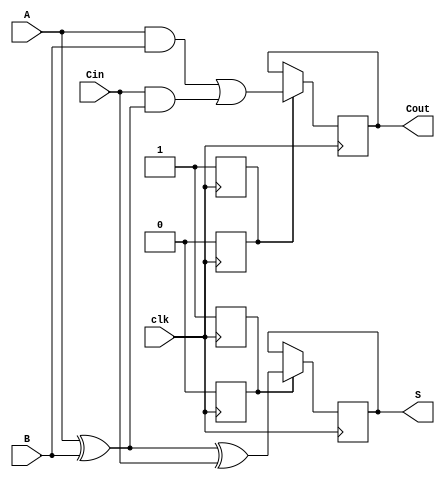
module dynamic_full_adder (
    input wire A,
    input wire B,
    input wire Cin,
    input wire clk,      // Clock signal
    output reg S,       // Sum output
    output reg Cout      // Carry-out output
);

// Internal signals for evaluation
wire S_eval, Cout_eval;
reg S_precharge, Cout_precharge;

// Evaluate logic for sum and carry-out
assign S_eval = A ^ B ^ Cin;  // S = A XOR B XOR Cin
assign Cout_eval = (A & B) | (Cin & (A ^ B));  // Cout = (A AND B) OR (Cin AND (A XOR B))

always @(posedge clk) begin
    // Precharge phase (when clk is high)
    S_precharge <= 1;          // Pull S high
    Cout_precharge <= 1;       // Pull Cout high
end

always @(negedge clk) begin
    // Evaluation phase (when clk goes low)
    if (S_precharge) begin
        S <= S_eval;           // Evaluate sum output
    end

    if (Cout_precharge) begin
        Cout <= Cout_eval;     // Evaluate carry-out output
    end

    // Reset the precharge states
    S_precharge <= 0;
    Cout_precharge <= 0;
end

endmodule